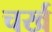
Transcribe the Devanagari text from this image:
चर्ख